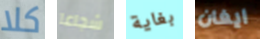
كلا شجاعا بغاية ايفان